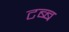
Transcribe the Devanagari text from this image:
टब्ब